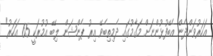
އަހަރުވަންދެން އެބޭފުޅުންނަށް މަގާމުގައި ދެމިތިބެވޭ އިރު ޕެންޝަން ލިބޭ އުމުރަކީ 65 އަހަރު"